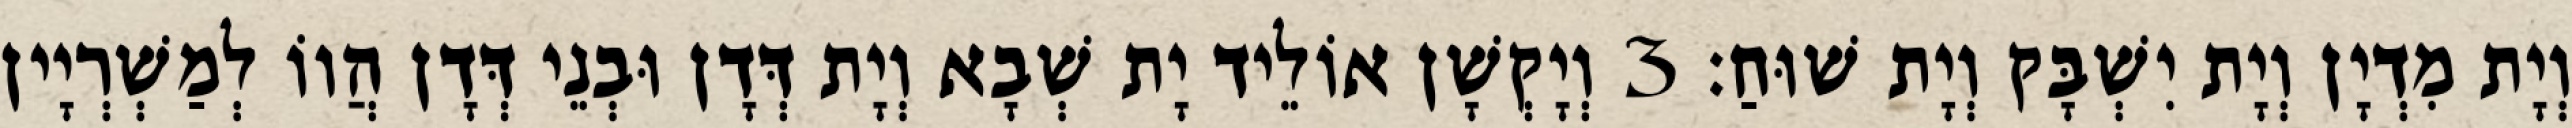
וְיָת מִדְיָן וְיָת יִשְׁבָּק וְיָת שׁוּחַ׃ 3 וְיָקְשָׁן אוֹלֵיד יָת שְׁבָא וְיָת דְּדָן וּבְנֵי דְּדָן הֲווֹ לְמַשְׁרְיָין